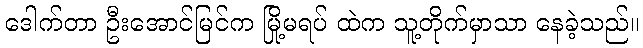
ဒေါက်တာ ဦးအောင်မြင်က မြို့မရပ် ထဲက သူ့တိုက်မှာသာ နေခဲ့သည်။